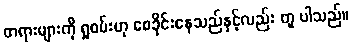
တရားများကို ရှုစမ်းဟု စေခိုင်းနေသည်နှင့်လည်း တူ ပါသည်။